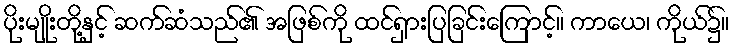
ပိုးမျိုးတို့နှင့် ဆက်ဆံသည်၏ အဖြစ်ကို ထင်ရှားပြခြင်းကြောင့်။ ကာယေ၊ ကိုယ်၌။